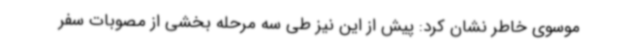
موسوی خاطر نشان کرد: پیش از این نیز طی سه مرحله بخشی از مصوبات سفر